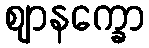
ဈာနက္ခော